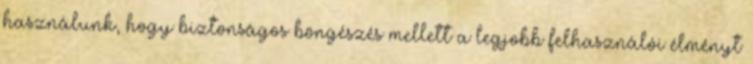
használunk, hogy biztonságos böngészés mellett a legjobb felhasználói élményt